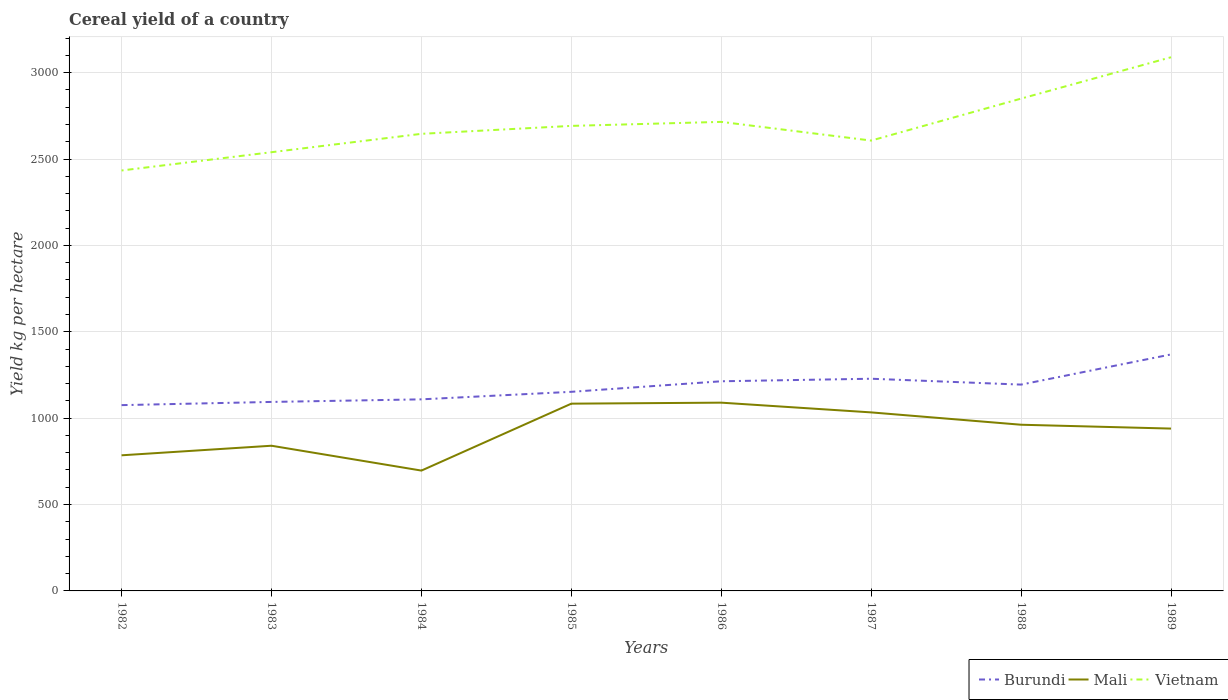
| Years | Burundi | Mali | Vietnam |
 | --- | --- | --- | --- |
 | 1982 | 1.08e+03 | 785 | 2.43e+03 |
 | 1983 | 1.09e+03 | 840 | 2.54e+03 |
 | 1984 | 1.11e+03 | 697 | 2.65e+03 |
 | 1985 | 1.15e+03 | 1.08e+03 | 2.69e+03 |
 | 1986 | 1.21e+03 | 1.09e+03 | 2.72e+03 |
 | 1987 | 1.23e+03 | 1.03e+03 | 2.61e+03 |
 | 1988 | 1.19e+03 | 962 | 2.85e+03 |
 | 1989 | 1.37e+03 | 940 | 3.09e+03 |